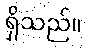
ရှိသည်။